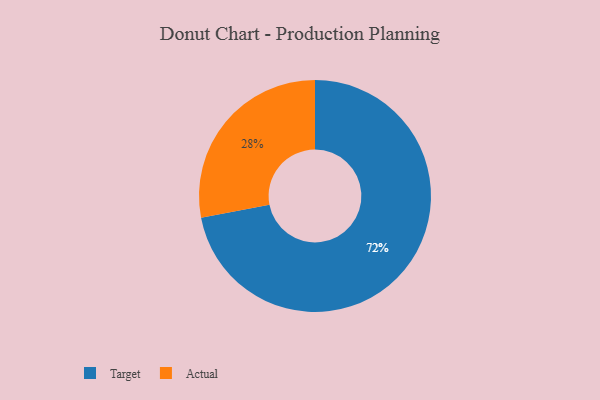
{"axis": {"x": "Category", "y": "Percentage"}, "legend": ["Actual", "Target"], "data": [{"x": "Target", "y": 72, "type": "Target"}, {"x": "Actual", "y": 28, "type": "Actual"}]}